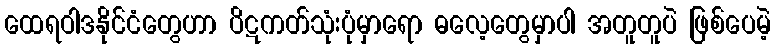
ထေရဝါဒနိုင်ငံတွေဟာ ပိဋကတ်သုံးပုံမှာရော ဓလေ့တွေမှာပါ အတူတူပဲ ဖြစ်ပေမဲ့